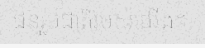
ជនរួមជាតិរបស់យើង។